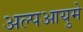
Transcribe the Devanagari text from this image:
अल्पआयुमे